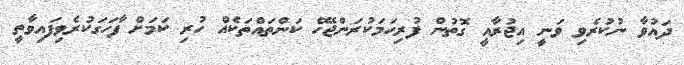
ދައުވާ ނުކުރެވި ވަނީ އިޖުރާއީ ގޮތުން ފުރިހަމަކުރަންޖެހޭ ކަންތައްތަކެއް ހުރި ކަމަށް ފާހަގަކުރެވިފައިވާތީ